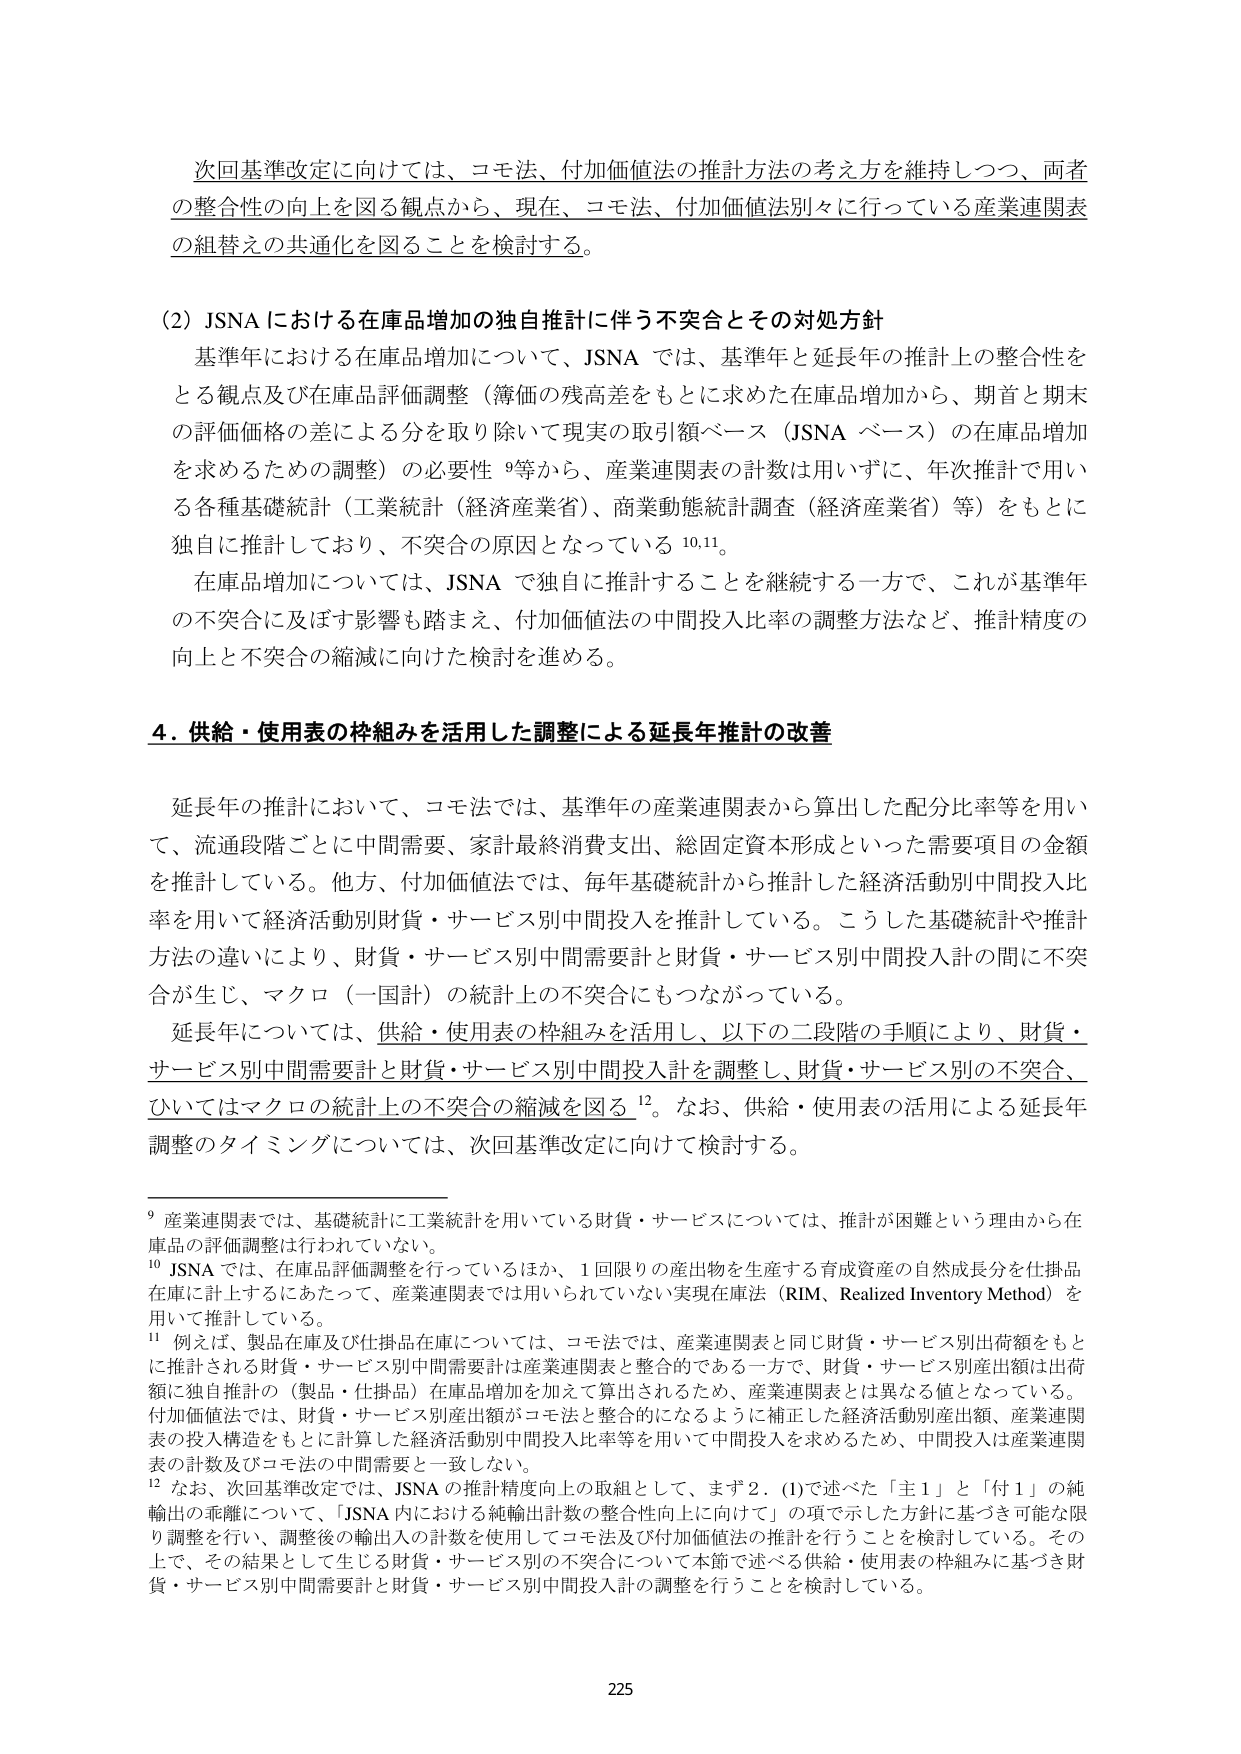
次回基準改定に向けては、コモ法、付加価値法の推計方法の考え方を維持しつつ、両者
の整合性の向上を図る観点から、現在、コモ法、付加価値法別々に行っている産業連関表
の組替えの共通化を図ることを検討する。

(2) JSNA における在庫品増加の独自推計に伴う不突合とその対処方針
基準年における在庫品増加について、JSNA では、基準年と延長年の推計上の整合性を
とる観点及び在庫品評価調整（簿価の残高差をもとに求めた在庫品増加から、期首と期末
の評価価格の差による分を取り除いて現実の取引額ベース（JSNA ベース）の在庫品増加
を求めるための調整）の必要性 9等から、産業連関表の計数は用いずに、年次推計で用い
る各種基礎統計（工業統計（経済産業省）、商業動態統計調査（経済産業省）等）をもとに
独自に推計しており、不突合の原因となっている 10,11。
在庫品増加については、JSNA で独自に推計することを継続する一方で、これが基準年
の不突合に及ぼす影響も踏まえ、付加価値法の中間投入比率の調整方法など、推計精度の
向上と不突合の縮減に向けた検討を進める。

4. 供給・使用表の枠組みを活用した調整による延長年推計の改善
延長年の推計において、コモ法では、基準年の産業連関表から算出した配分比率等を用い
て、流通段階ごとに中間需要、家計最終消費支出、総固定資本形成といった需要項目の金額
を推計している。他方、付加価値法では、毎年基礎統計から推計した経済活動別中間投入比
率を用いて経済活動別財貨・サービス別中間投入を推計している。こうした基礎統計や推計
方法の違いにより、財貨・サービス別中間需要計と財貨・サービス別中間投入計の間に不突
合が生じ、マクロ（一国計）の統計上の不突合にもつながっている。
延長年については、供給・使用表の枠組みを活用し、以下の二段階の手順により、財貨・
サービス別中間需要計と財貨・サービス別中間投入計を調整し、財貨・サービス別の不突合、
ひいてはマクロの統計上の不突合の縮減を図る 12。なお、供給・使用表の活用による延長年
調整のタイミングについては、次回基準改定に向けて検討する。

9 産業連関表では、基礎統計に工業統計を用いている財貨・サービスについては、推計が困難という理由から在
庫品の評価調整は行われていない。
10 JSNA では、在庫品評価調整を行っているほか、1 回限りの産出物を生産する育成資産の自然成長分を仕掛品
在庫に計上するにあたって、産業連関表では用いられていない実現在庫法（RIM、Realized Inventory Method）を
用いて推計している。
11 例えば、製品在庫及び仕掛品在庫については、コモ法では、産業連関表と同じ財貨・サービス別出荷額をもと
に推計される財貨・サービス別中間需要計は産業連関表と整合的である一方で、財貨・サービス別産出額は出荷
額に独自推計の（製品・仕掛品）在庫品増加を加えて算出されるため、産業連関表とは異なる値となっている。
付加価値法では、財貨・サービス別産出額がコモ法と整合的になるように補正した経済活動別産出額、産業連関
表の投入構造をもとに計算した経済活動別中間投入比率等を用いて中間投入を求めるため、中間投入は産業連関
表の計数及びコモ法の中間需要と一致しない。
12 なお、次回基準改定では、JSNA の推計精度向上の取組として、まず2．(1)で述べた「主1」と「付1」の純
輸出の乖離について、「JSNA 内における純輸出計数の整合性向上に向けて」の項で示した方針に基づき可能な限
り調整を行い、調整後の輸出入の計数を使用してコモ法及び付加価値法の推計を行うことを検討している。その
上で、その結果として生じる財貨・サービス別の不突合について本節で述べる供給・使用表の枠組みに基づき財
貨・サービス別中間需要計と財貨・サービス別中間投入計の調整を行うことを検討している。

225